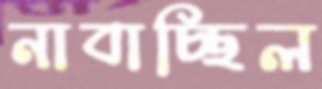
নাবাচ্ছিল